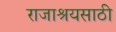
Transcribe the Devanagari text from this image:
राजाश्रयसाठी